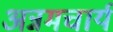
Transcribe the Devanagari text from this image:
अन्नमचार्य